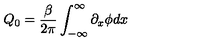
Q _ { 0 } = \frac { \beta } { 2 \pi } \int _ { - \infty } ^ { \infty } \partial _ { x } \phi d x